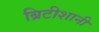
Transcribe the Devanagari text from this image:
ब्रिटीशानी